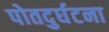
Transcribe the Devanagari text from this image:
पोतदुर्घटना